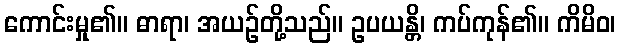
ကောင်းမှု၏။ ဓာရာ၊ အယဉ်တို့သည်။ ဥပယန္တိ၊ ကပ်ကုန်၏။ ကိမိဝ၊